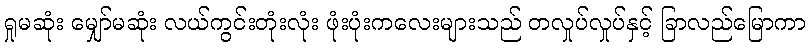
ရှုမဆုံး မျှော်မဆုံး လယ်ကွင်းတုံးလုံး ဖုံးပုံးကလေးများသည် တလှုပ်လှုပ်နှင့် ခြာလည်မြောကာ